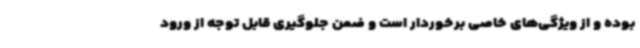
بوده و از ویژگی‌های خاصی برخوردار است و ضمن جلوگیری قابل توجه از ورود